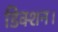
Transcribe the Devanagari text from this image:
डिक्शन।